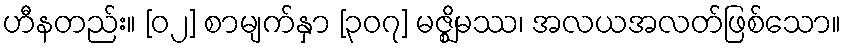
ဟီနတည်း။ [၀၂] စာမျက်နှာ [၃၀၇] မဇ္ဈိမဿ၊ အလယအလတ်ဖြစ်သော။